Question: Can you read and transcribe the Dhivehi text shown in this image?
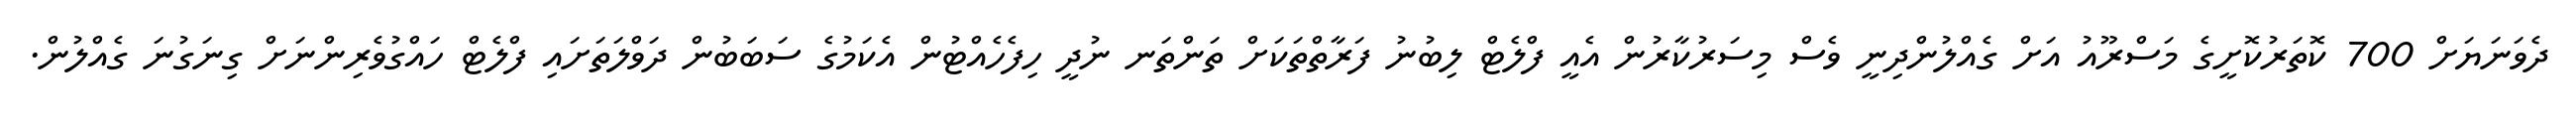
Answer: ދެވަނަޔަށް 700 ކޮތަރުކޮށީގެ މަސްރޫއު އަށް ގެއްލުންދިނީ ވެސް މިސަރުކާރުން އެއީ ފްލެޓް ލިބުނު ފަރާތްތަކަށް ތަންތަނ ނުދީ ހިފެހެއްޓުން އެކަމުގެ ސަބަބުން ދަވްލަތަށައި ފްލެޓް ހައްގުވެރިންނަށް ގިނަގުނަ ގެއްލުން.